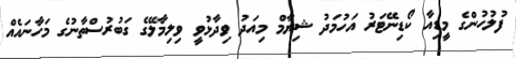
ފުލުހުންގެ މީޑިއާ ކޯޑިނޭޓަރު އަހުމަދު ޝިޔާމް މިއަދު ވިދާޅުވީ ވިލިމާލޭގެ ގަބުރުސްތާނުގެ މަހާނައެއް